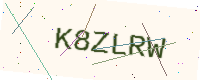
Text: K8ZLRW